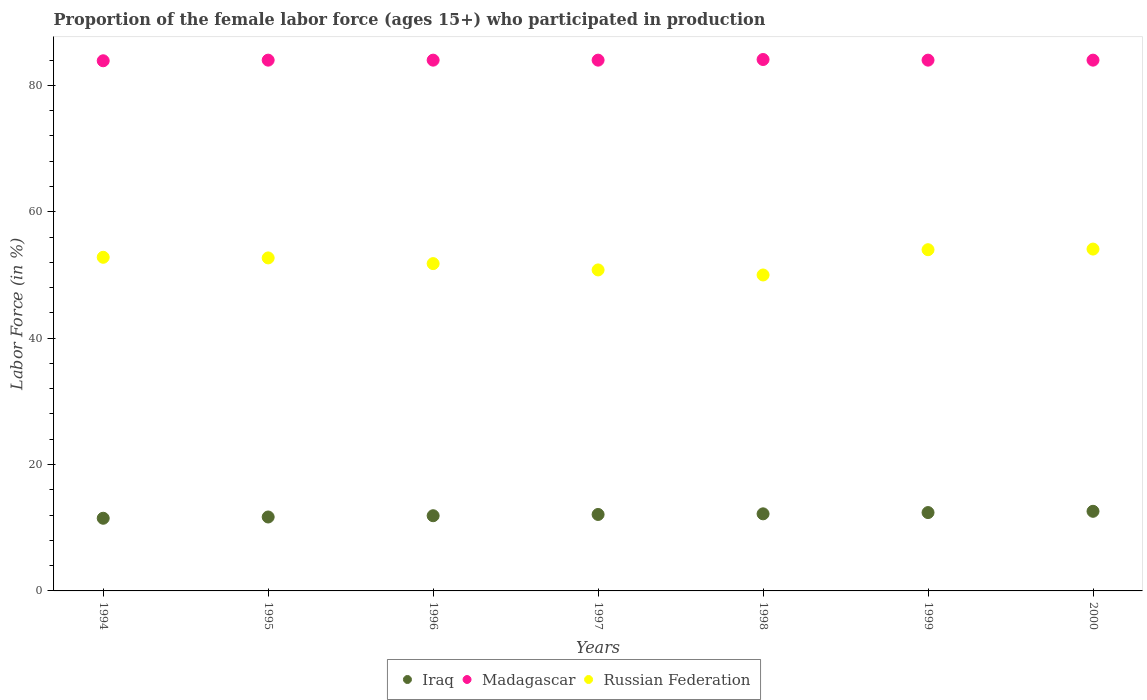
| Years | Iraq | Madagascar | Russian Federation |
 | --- | --- | --- | --- |
 | 1994 | 11.5 | 83.9 | 52.8 |
 | 1995 | 11.7 | 84 | 52.7 |
 | 1996 | 11.9 | 84 | 51.8 |
 | 1997 | 12.1 | 84 | 50.8 |
 | 1998 | 12.2 | 84.1 | 50 |
 | 1999 | 12.4 | 84 | 54 |
 | 2000 | 12.6 | 84 | 54.1 |